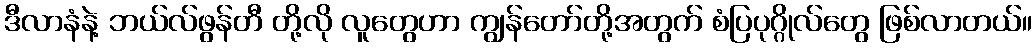
ဒီလာနံနဲ့ ဘယ်လ်ဖွန်တီ တို့လို လူတွေဟာ ကျွန်တော်တို့အတွက် စံပြပုဂ္ဂိုလ်တွေ ဖြစ်လာတယ်။